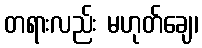
တရားလည်း မဟုတ်ချေ၊